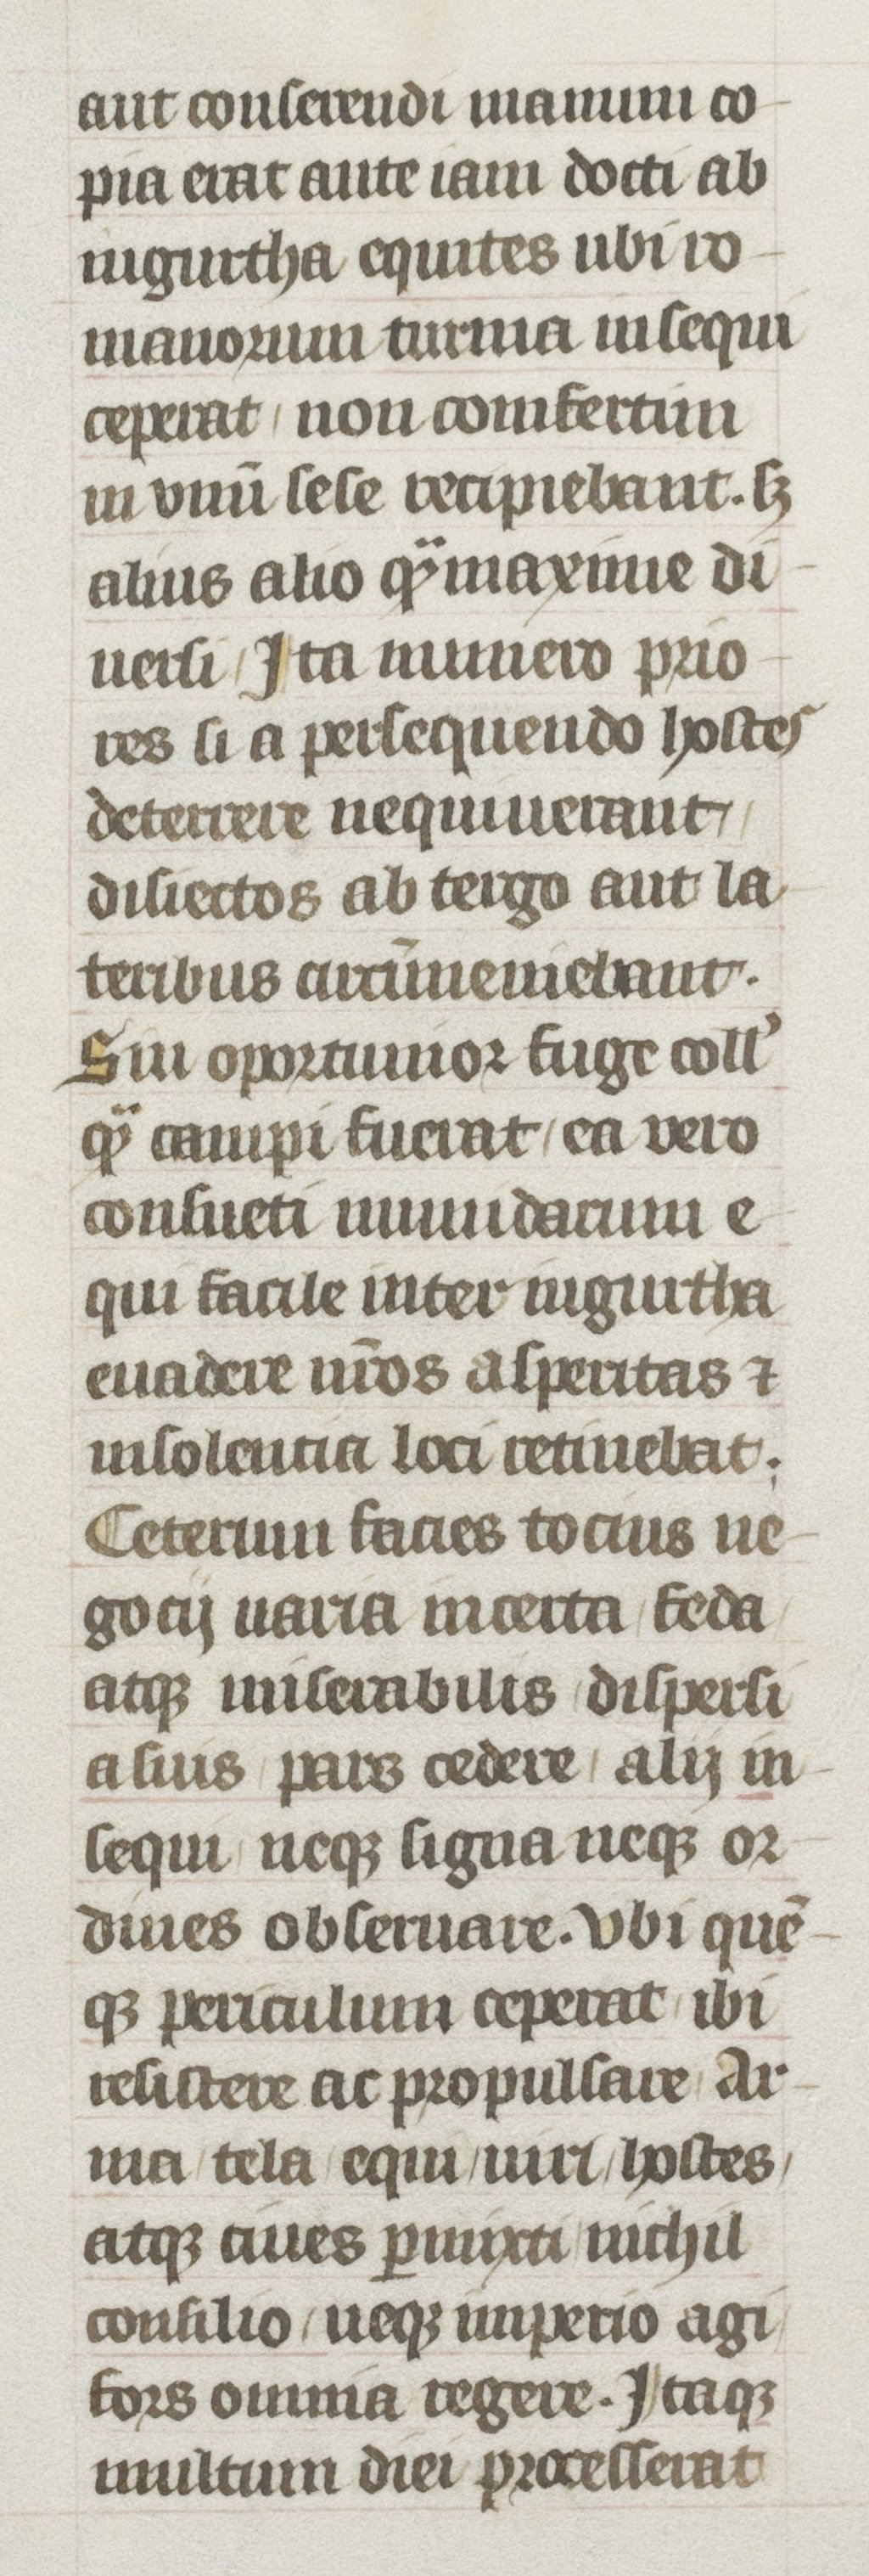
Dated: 1405–1435